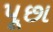
પૂછા